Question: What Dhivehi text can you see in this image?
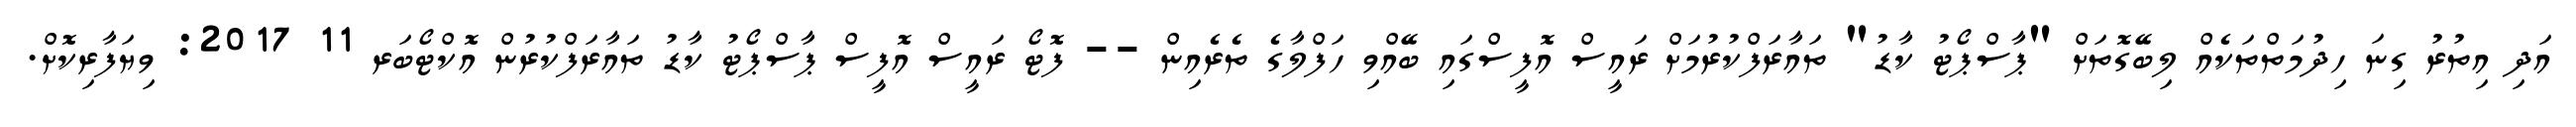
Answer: އަދި އިތުރު ގިނަ ހިދުމަތްތަކެއް ލިބޭގޮތަށް "ޕާސްޕޯޓު ކާޑު" ތައާރަފްކުރުމަށް ރައީސް އޮފީސްގައި ބޭއްވި ހަފްލާގެ ތެރެއިން -- ފޮޓޯ ރައީސް އޮފީސް ޕާސްޕޯޓު ކާޑު ތައާރަފްކުރުން އޮކްޓޯބަރ 11 2017: ވިޔަފާރިކޮށް.